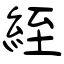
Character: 絰